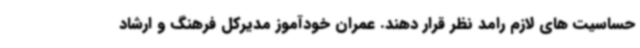
حساسیت های لازم رامد نظر قرار دهند. عمران خودآموز مدیرکل فرهنگ و ارشاد